Vaccination in Bombay 1889-1901 - 1889-1901
Year: 1889
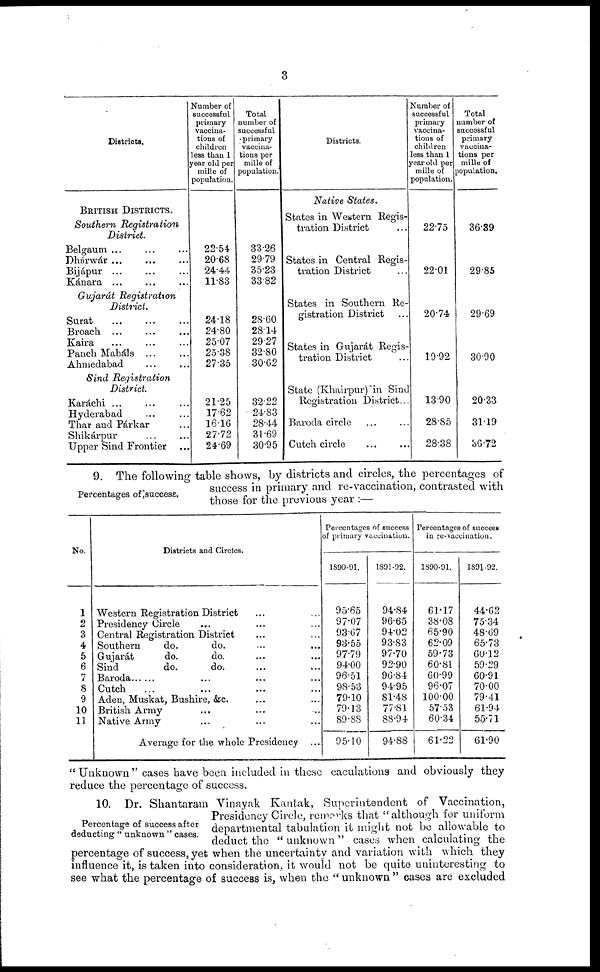
3
Districts.
BRITISH DISTRICTS.
Southern
Registration
District.
Belgaum ... ... ...
Dhárwár ... ... ...
Bijápur ... ... ...
Kánara ... ... ...
Gujarát Registration
District.
Surat ... ... ...
Broach
...
...
...
Kaira ... ... ...
Panch Maháls
...
...
Ahmedabad ... ...
Sind Registration
District.
Karáchi ... ... ...
Hyderabad ... ...
Thar and Párkar ...
Shikárpur ... ...
Upper Sind Frontier ...
Number of
successful
primary
vaccina-
tions of
children
less than 1
year old per
mille of
population.
22.54
20.68
24.44
11.83
24.18
24.80
25.07
25.38
27.35
21.25
17.62
16.16
27.72
24.69
Total
number of
successful
primary
vaccina-
tions per
mille of
population.'
33.26
29.79
35.23
33.82
28.60
28.14
29.27
32.80
30.62
32.22
24.83
28.44
31.69
30.95
Districts.
Native States.
States in Western Regis-
tration District ...
States in Central Regis-
tration District ...
States in Southern Re-
gistration District ...
States in Gujarát Regis-
tration District ...
State (Khairpur) in Sind
Registration District...
Baroda circle ... ...
Cutch circle ... ...
Number of
successful
primary
vaccina-
tions of
children
less than 1
year old per
mille of
population.
22.75
22.01
20.74
19.92
13.90
28.85
28.38
Total
number of
successful
primary
vaccina-
tions per
mille of
population.
36.39
29.85
29.69
30.90
20.33
31.19
36.72
Percentages of success.
9. The following table shows, by districts and circles, the percentages of
success in primary and re-vaccination, contrasted with
those for the previous year :—
No.
1
2
3
4
5
6
7
8
9
10
11
Districts and Circles.
Western Registration District ... ...
Presidency Circle ... ... ...
Central Registration District ... ...
Southern
do.
do. ... ...
Gujarat
do.
do. ... ...
Sind
do.
do.
...
...
Baroda ... ... ...
Cutch ... ... ...
Aden, Muskat, Bushire, &c. ... ...
British Army ... ... ...
Native Army ... ... ...
Average for the Whole Presidency ...
Percentages of success
of primary vaccination.
1890-91.
95.65
97.07
93.67
93.55
97.79
94.00
96.51
98.53
79.10
79.13
89.88
95.10
1891-92.
94.84
96.65
94.02
93.83
97.70
92.90
96.84
94.95
81.48
77.81
88.94
94.88
Percentages of success
in re-vaccination.
1890-91.
61.17
38.08
65.90
62.09
59.73
60.81
60.99
96.07
100.00
57.53
60.34
61.22
1891-92.
44.62
75.34
48.69
65.73
60.12
59.29
60.91
70.00
79.41
61.94
55.71
61.90
" Unknown " cases have been included in these caculations and obviously they
reduce the percentage of success.
Percentage of success after
deducting " unknown " cases.
10. Dr. Shantaram Vinayak Kantak, Superintendent of Vaccination,
Presidency Circle, remarks that "although for uniform
departmental tabulation it might not be allowable to
deduct the " unknown " cases when calculating the
percentage of success, yet when the uncertainty and variation with which they
influence it, is taken into consideration, it would not be quite uninteresting to
see what the percentage of success is, when the " unknown " cases are excluded